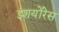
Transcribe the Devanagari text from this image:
इंशयोंरेस